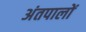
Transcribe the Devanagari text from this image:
अंतपालों